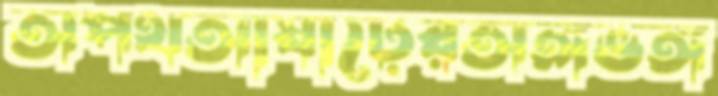
অপথআষাঢ়েরঅঙ্গভঙ্গ